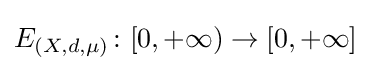
E_{(X,d,\mu )}\colon [0,+\infty )\to [0,+\infty ]